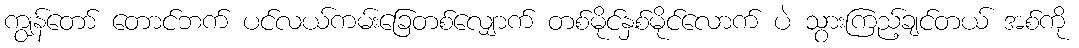
ကျွန်တော် တောင်ဘက် ပင်လယ်ကမ်းခြေတစ်လျှောက် တစ်မိုင်နှစ်မိုင်လောက် ပဲ သွားကြည့်ချင်တယ် အစ်ကို